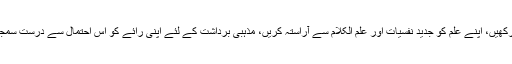
اسی طرح دعوت دیتے وقت لوگوں کے مزاج کاخیال رکھیں، اپنے علم کو جدید نفسیات اور علم الکلام سے آراستہ کریں، مذہبی برداشت کے لئے اپنی رائے کو اس احتمال سے درست سمجھتے رہیں کہ دوسرا بھی اپنی جگہ درست ہوسکتا ہے۔